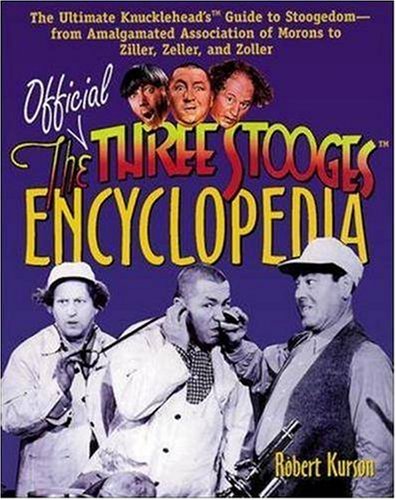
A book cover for The Official Three Stooges Encyclopedia: The Ultimate Knucklehead's Guide to Stoogedom--from Amalgamated Association of Morons to Ziller...; Robert Kurson; Humor & Entertainment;